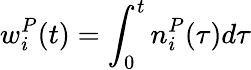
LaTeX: w_{i}^{P}(t)=\int_{0}^{t}n_{i}^{P}(\tau)d\tau